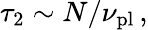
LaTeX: {\tau}_{2}\sim N/{\nu}_{\mathrm{pl}}\, ,